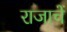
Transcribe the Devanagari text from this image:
राजाचें